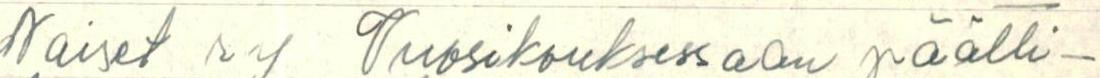
Naiset ry Vuosikokouksessaan päätti-